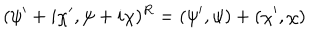
( \psi ^ { \prime } + i \chi ^ { \prime } , \psi + i \chi ) ^ { R } = ( \psi ^ { \prime } , \psi ) + ( \chi ^ { \prime } , \chi )